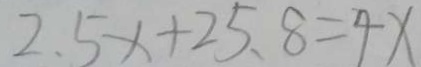
2 . 5 x + 2 5 . 8 = 4 x